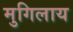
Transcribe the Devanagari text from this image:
मुगिलाय